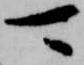
可